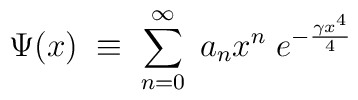
\Psi (x)\;\equiv \;\sum_{n=0}^\infty \;a_nx^n\;e^{-\frac{\gamma x^4}4}